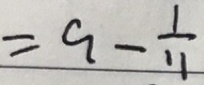
= 9 - \frac { 1 } { 1 1 }